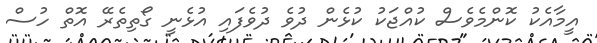
އީމާއެކު ކޮންމެވެސް ކުއްޖަކު ކުޅެން ދުވެ ދުވެފައި އުޅެނީ ގޯތިތެރޭ އޮތް ހުސް